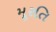
મૂરતિ